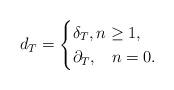
LaTeX: \begin{align*} d_T=\begin{cases} \delta_T,n\geq 1,\\ \partial_T,\;\;\; n=0. \end{cases} \end{align*}